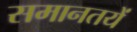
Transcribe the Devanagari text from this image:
समानतयें